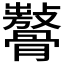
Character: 𩪨